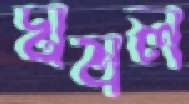
ঘষল